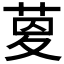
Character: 𦱟